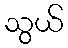
သွယ်